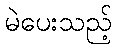
မဲပေးသည့်